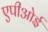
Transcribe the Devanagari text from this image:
एपीओई